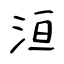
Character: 洹